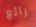
رائع